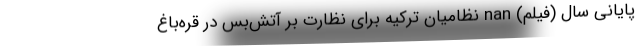
پایانی سال (فیلم) nan نظامیان ترکیه برای نظارت بر آتش‌بس در قره‌باغ